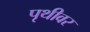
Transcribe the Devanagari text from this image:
पृथीवर